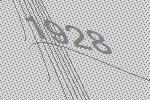
1928